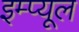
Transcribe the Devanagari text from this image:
इम्प्यूल